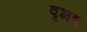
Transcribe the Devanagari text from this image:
वृभष